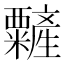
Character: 䊲